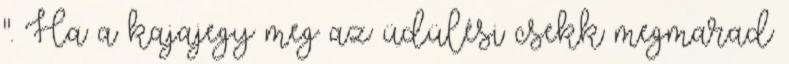
". Ha a kajajegy meg az üdülési csekk megmarad